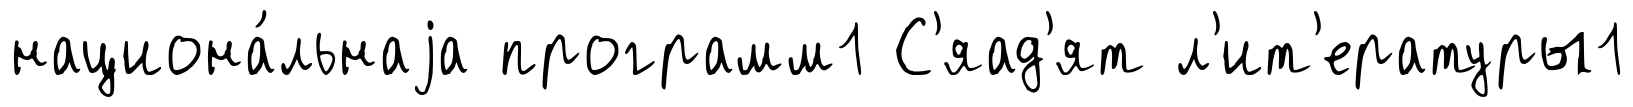
национа́льнаjа программ1 С'яад'ят л'ит'ературы1